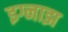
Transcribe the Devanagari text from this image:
इग्नाझ